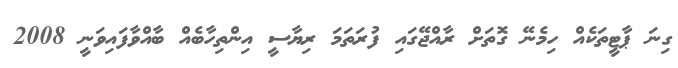
ގިނަ ޕާޓީތަކެއް ހިމެނޭ ގޮތަށް ރާއްޖޭގައި ފުރަތަމަ ރިޔާސީ އިންތިހާބެއް ބާއްވާފައިވަނީ 2008